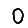
Digit: 0